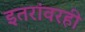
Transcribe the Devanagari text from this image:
इतरांवरही